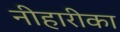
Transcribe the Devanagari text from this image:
नीहारीका